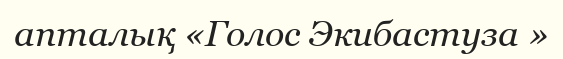
апталық «Голос Экибастуза »